65_HS1-834228961_62-HQ-83894_Section_2
Agency: FBI
Page 21
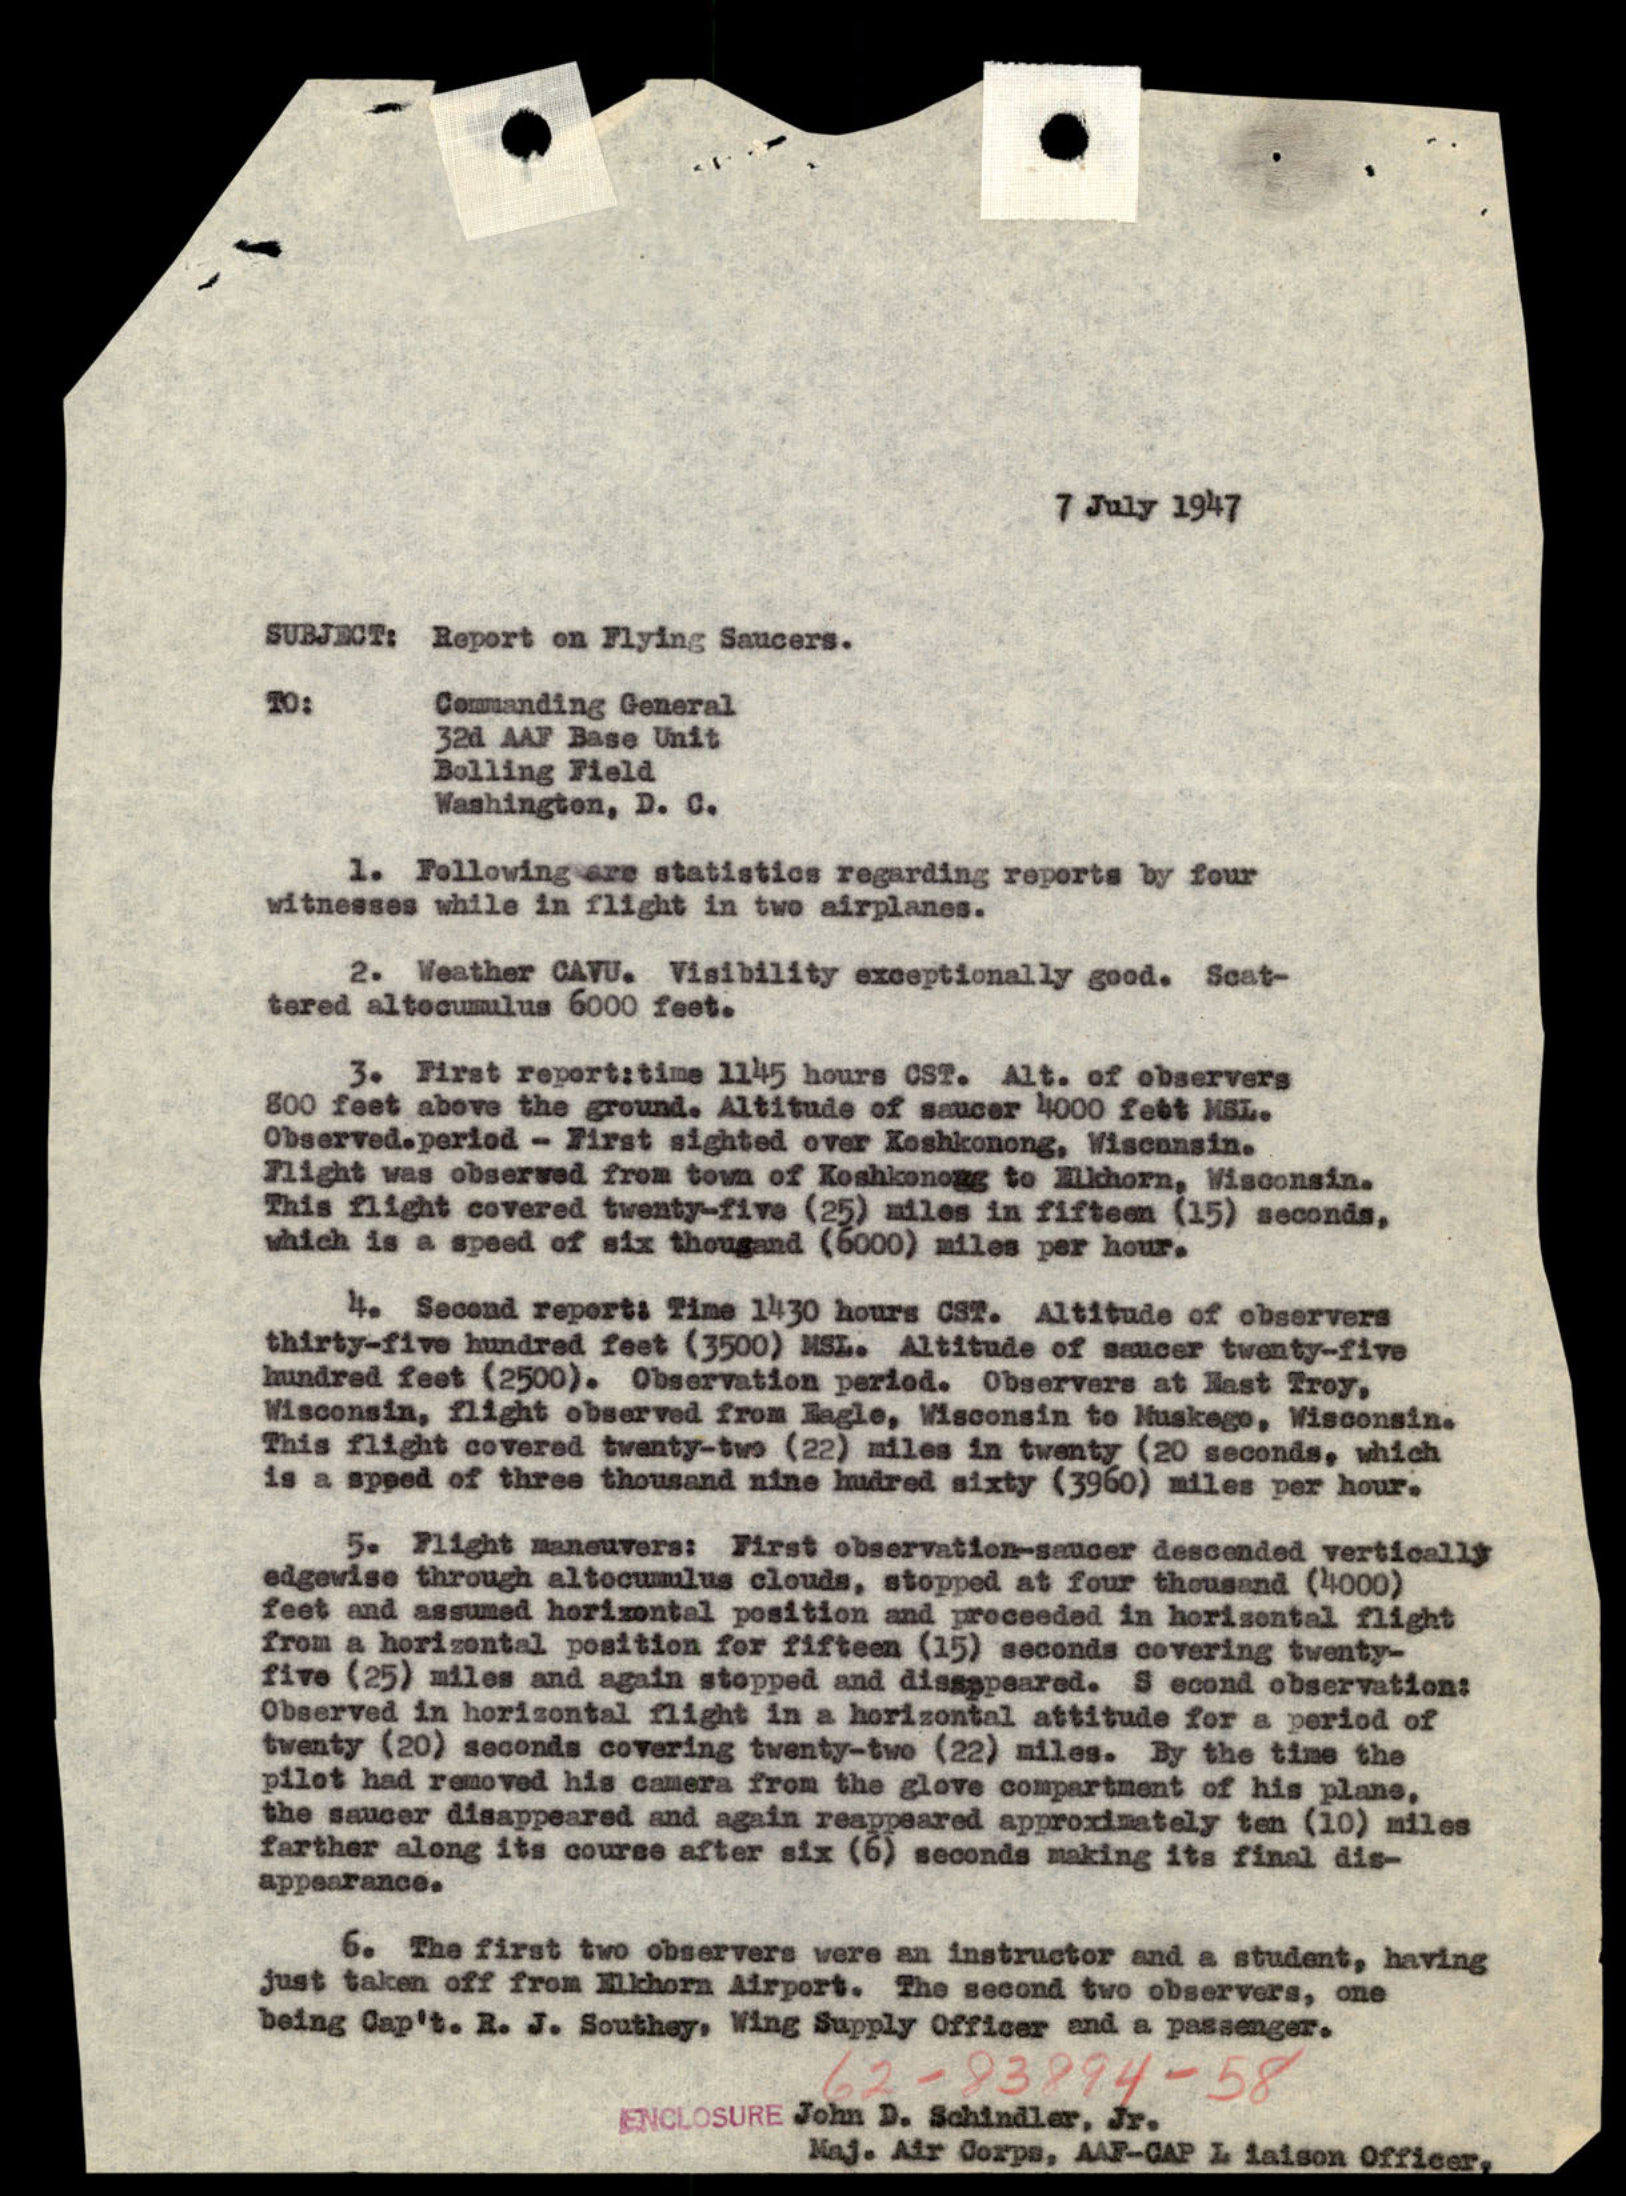